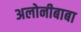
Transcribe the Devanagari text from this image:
अलोनीबाबा